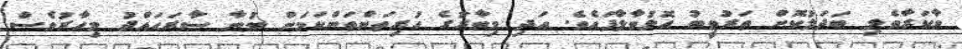
ވާކަރާވެލި ބަދަލުކޮށް ތަރުތީބު އޮޅުވާލާފައެވެ. އަދި މިވާރުގެ ހުރިތަންތަންކަމަށް ބުނާ ސާރަޙައްދު މިހާރުވެސް